Lunatic asylums Central Provinces reports 1895-1909 - 1895-1909
Year: 1895
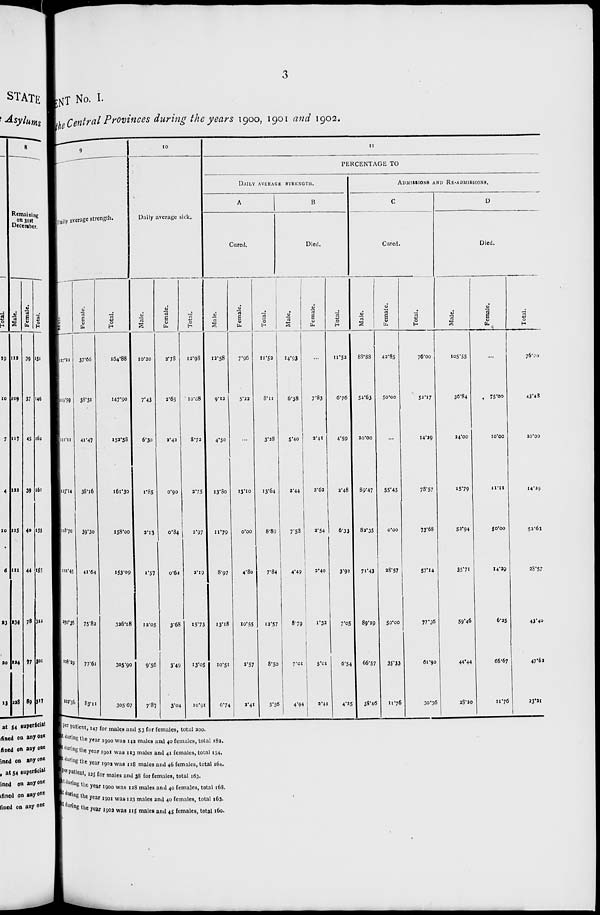
3
ENT No. I.
the central Provinces during the years 1900, 1901 and 1902.
9
Daily average strength.
Male.
127.22
109.59
111.11
123.14
118.70
111.45
250.36
228.29
222.56
Female.
37.66
33.31
41.47
38.16
39.30
41.64
75.82
77.61
83.11
Total.
164.88
147.90
153.58
161.30
158.00
153.09
326.18
305.90
305.67
10
Daily average sick.
Male.
10.20
7.43
6.30
1.85
2.13
1.57
12.05
9.56
7.87
Female.
2.78
2.65
2.43
0.90
0.84
0.62
3.68
3.49
3.04
Total.
12.98
10.08
8.72
2.75
2.97
2.19
15.73
13.05
10.91
11
PERCENTAGE TO
DAILY AVERAGE STRENGTH.
A
Cured.
Male.
12.58
9.12
4.50
13.80
11.79
8.97
13.18
10.51
6.74
Female.
7.96
5.22
...
13.10
0.00
4.80
10.55
2.57
2.41
Total.
11.52
8.11
3.28
13.64
8.85
7.84
12.57
8.50
5.56
B
Died.
Male.
14.93
6.38
5.40
2.44
7.58
4.49
8.79
7.01
4.94
Female.
...
7.83
2.41
2.62
2.54
2.40
1.33
5.01
2.41
Total.
11.52
6.76
4.59
2.48
6.33
3.92
7.05
6.54
4.25
ADMISSIONS AND RE-ADMISSIONS.
C
Cured.
Male.
88.88
52.63
20.00
89.47
82.35
71.43
89.19
66.57
38.46
Female.
42.85
50.00
...
55.45
0.00
28.57
50.00
35.33
11.76
Total.
76.00
52.17
14.29
78.57
73.68
57.14
77.36
61.90
30.36
D
Died.
Male.
105.55
36.84
24.00
15.79
52.94
35.71
59.46
44.44
28.20
Female.
...
75.00
10.00
11.11
50.00
14.39
6.25
66.67
11.76
Total.
76.00
43.48
20.00
14.29
52.63
28.57
43.40
47.62
33.21
per patient, 147 for males and 53 for females, total 200.
during the year 1900 was 142 males and 40 females, total 182.
during the year 1901 was 113 males and 41 females, total 154.
during the year 1902 was 118 males and 46 females, total 164.
per patient, 125 for males and 38 for females, total 163.
during the year 1900 was 128 males and 40 females, total 168.
during the year 1901 was 123 males and 40 females, total 163.
t during the year 1902 was 115 males and 45 females, total 160.